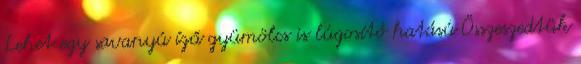
Lehet egy savanyú ízű gyümölcs is lúgosító hatású Összeszedtük